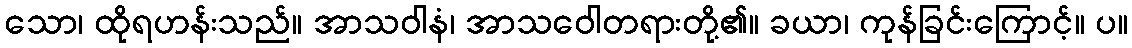
သော၊ ထိုရဟန်းသည်။ အာသဝါနံ၊ အာသဝေါတရားတို့၏။ ခယာ၊ ကုန်ခြင်းကြောင့်။ ပ။